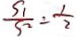
\frac { S _ { 1 } } { S _ { 2 } } = \frac { 1 } { 2 }